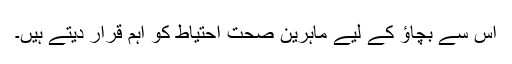
اس سے بچاؤ کے لیے ماہرین صحت احتیاط کو اہم قرار دیتے ہیں۔